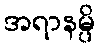
အရာနမ္ပိ